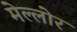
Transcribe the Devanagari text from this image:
मेल्लोर